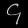
Digit: ၄